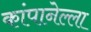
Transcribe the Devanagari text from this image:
कांपानेल्ला